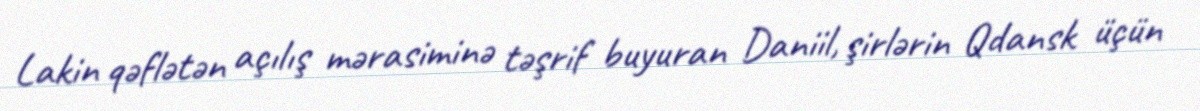
Lakin qəflətən açılış mərasiminə təşrif buyuran Daniil, şirlərin Qdansk üçün